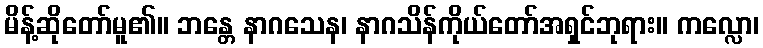
မိန့်ဆိုတော်မူ၏။ ဘန္တေ နာဂသေန၊ နာဂသိန်ကိုယ်တော်အရှင်ဘုရား။ ကလ္လော၊